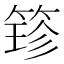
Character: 𮅢